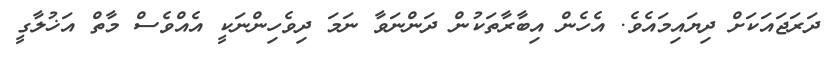
ދަރަޖައަކަށް ދިޔައިމައެވެ. އެހެން އިބާރާތަކުން ދަންނަވާ ނަމަ ދިވެހިންނަކީ އެއްވެސް މާތް އަޚުލާގީ